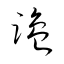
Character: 鹽